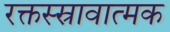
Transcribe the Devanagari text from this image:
रक्तस्स्रावात्मक